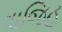
વાજિહ